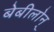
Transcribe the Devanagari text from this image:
बेबीलोन्